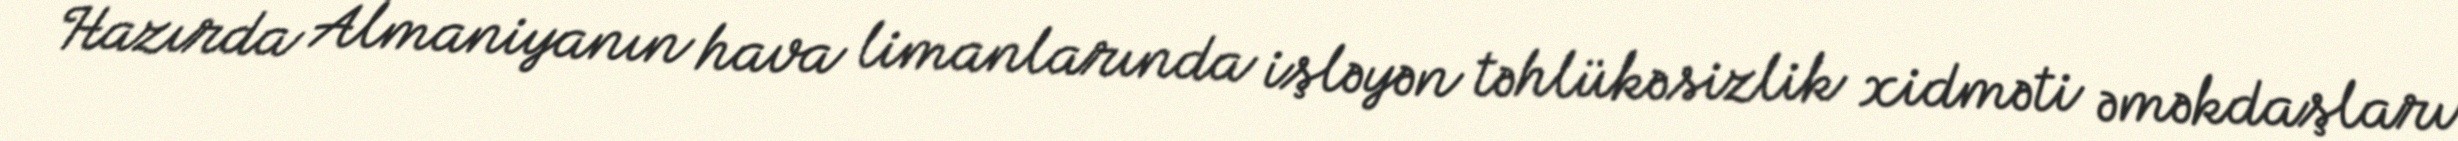
Hazırda Almaniyanın hava limanlarında işləyən təhlükəsizlik xidməti əməkdaşları